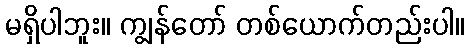
မရှိပါဘူး။ ကျွန်တော် တစ်ယောက်တည်းပါ။